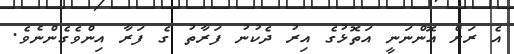
އެ ރަށް އޮންނަނީ އަތޮޅުގެ އިރު ދެކުނު ފަރާތު ގެ ފަރާ އިންވެގެންނެވެ.